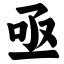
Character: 亟